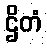
ဌိတံ